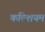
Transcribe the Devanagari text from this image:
कल्शियम